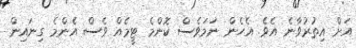
އަށް އިތުރުވާނެ އެވެ. އެހެން ނަމަވެސް ކޮންމެ ޓީމެއް ވެސް އެންމެ ގިނައިން